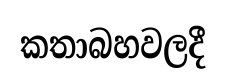
කතාබහවලදී